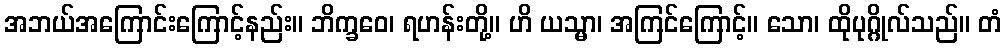
အဘယ်အကြောင်းကြောင့်နည်း။ ဘိက္ခဝေ၊ ရဟန်းတို့။ ဟိ ယသ္မာ၊ အကြင်ကြောင့်။ သော၊ ထိုပုဂ္ဂိုလ်သည်။ တံ